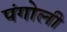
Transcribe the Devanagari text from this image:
पंगोली